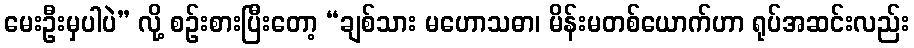
မေးဦးမှပါပဲ” လို့ စဉ်းစားပြီးတော့ “ချစ်သား မဟောသဓာ၊ မိန်းမတစ်ယောက်ဟာ ရုပ်အဆင်းလည်း